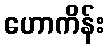
ဟောကိန်း